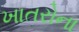
ખાતરોના